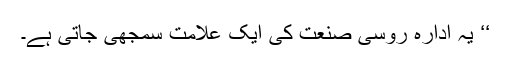
‘‘ یہ ادارہ روسی صنعت کی ایک علامت سمجھی جاتی ہے۔